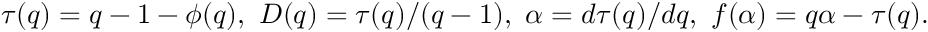
\tau ( q ) = q - 1 - \phi ( q ) , \ D ( q ) = \tau ( q ) / ( q - 1 ) , \ \alpha = d \tau ( q ) / d q , \ f ( \alpha ) = q \alpha - \tau ( q ) .